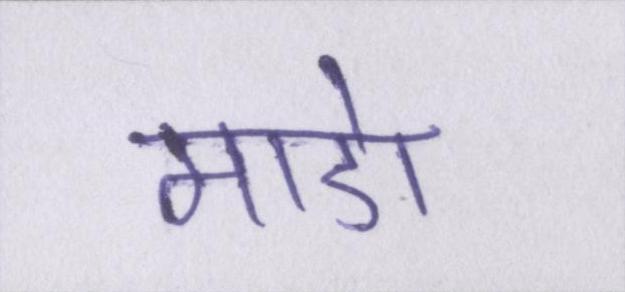
माडो